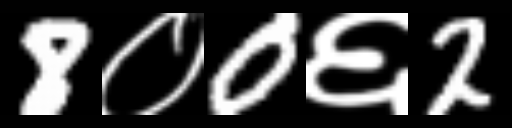
Text: 8०0६2